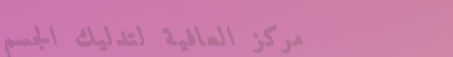
مركز العافية لتدليك الجسم